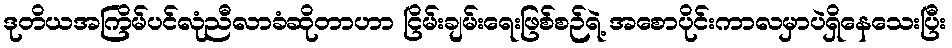
ဒုတိယအကြိမ်ပင်လုံညီလာခံဆိုတာဟာ ငြိမ်းချမ်းရေးဖြစ်စဉ်ရဲ့ အစောပိုင်းကာလမှာပဲရှိနေသေးပြီး